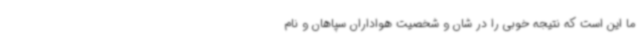
ما این است که نتیجه خوبی را در شان و شخصیت هواداران سپاهان و نام